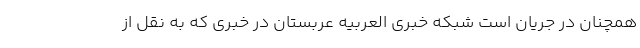
همچنان در جریان است شبکه خبری العربیه عربستان در خبری که به نقل از